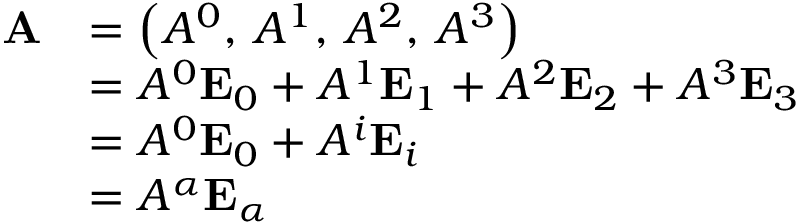
{ \begin{array} { r l } { \mathbf { A } } & { = \left( A ^ { 0 } , \, A ^ { 1 } , \, A ^ { 2 } , \, A ^ { 3 } \right) } \\ & { = A ^ { 0 } \mathbf { E } _ { 0 } + A ^ { 1 } \mathbf { E } _ { 1 } + A ^ { 2 } \mathbf { E } _ { 2 } + A ^ { 3 } \mathbf { E } _ { 3 } } \\ & { = A ^ { 0 } \mathbf { E } _ { 0 } + A ^ { i } \mathbf { E } _ { i } } \\ & { = A ^ { \alpha } \mathbf { E } _ { \alpha } } \end{array} }